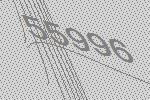
55996